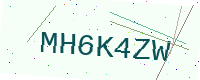
Text: MH6K4ZW